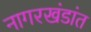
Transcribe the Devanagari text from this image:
नागरखंडांत